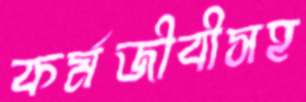
কর্মজীবীসহ